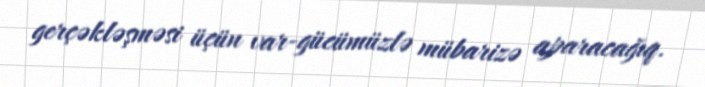
gerçəkləşməsi üçün var-gücümüzlə mübarizə aparacağıq.